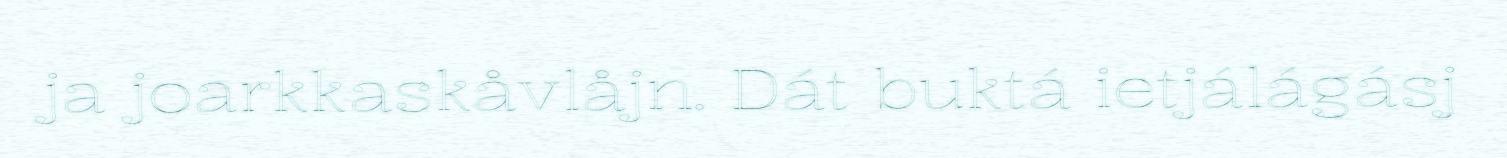
ja joarkkaskåvlåjn. Dát buktá ietjálágásj